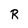
Character: R